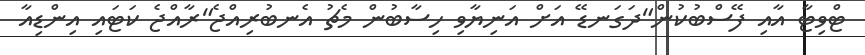
ޓްވިޓާ އާއި ފޭސްބުކުން"ދަގަނޑޭ އަށް އަނިޔާވި ހިސާބުން މެޗު އެނބުރިއްޖެ"ރާއްޖެ ކަޓައި އިންޑިއާ